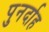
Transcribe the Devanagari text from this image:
पुनर्दाह